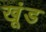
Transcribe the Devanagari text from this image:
खूंड